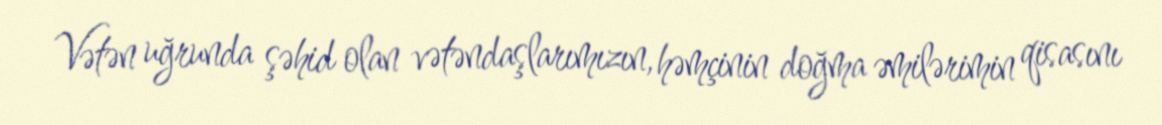
Vətən uğrunda şəhid olan vətəndaşlarımızın, həmçinin doğma əmilərimin qisasını